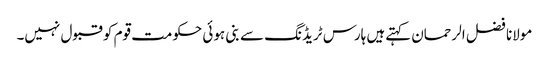
مولانا فضل الرحمان کہتےہیں ہارس ٹریڈنگ سے بنی ہوئی حکومت قوم کو قبول نہیں۔